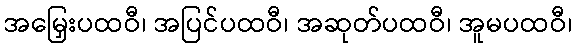
အမြှေးပထဝီ၊ အပြင်ပထဝီ၊ အဆုတ်ပထဝီ၊ အူမပထဝီ၊